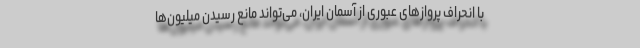
با انحراف پروازهای عبوری از آسمان ایران، می‌تواند مانع رسیدن میلیون‌ها